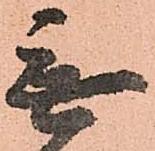
無